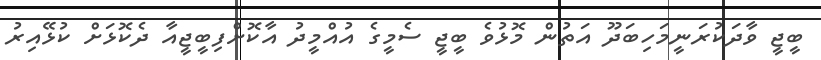
ބީޖީ ވާދަކުރަނީމަހިބަދޫ އަތުން މޮޅުވެ ބީޖީ ސެމީގެ އުއްމީދު އާކޮށްފިބީޖީއާ ދެކޮޅަށް ކުޅޭއިރު